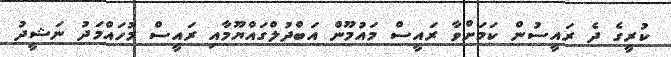
ކުރީގެ ދެ ރައީސުން ކަމަށްވާ ރައީސް މައުމޫން އަބްދުލްގައްޔޫމާއި ރައީސް މުހައްމަދު ނަޝީދު